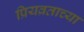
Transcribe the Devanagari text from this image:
प्रियव्रताच्या